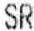
SR